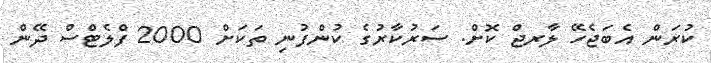
ކުރަން އެބަޖެހޭ ލާރޖް ކޮށް. ސަރުކާރުގެ ކުންފުނި ތަކަށް 2000 ފްލެޓްސް ދޭން